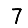
Digit: 7